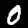
Digit: 0